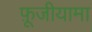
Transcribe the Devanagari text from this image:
फ़ूजीयामा